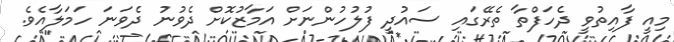
މިއީ ފާއިތުވީ ދެހަފްތާ ތެރޭގައި ސައުދީ ފުލުހުންނަށް އަމާޒުކޮށް ދެވުނު ދެވަނަ ހަމަލާއެވެ.